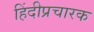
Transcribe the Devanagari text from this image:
हिंदीप्रचारक